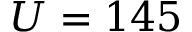
U = 1 4 5